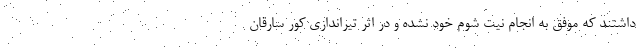
داشتند که موفق به انجام نیت شوم خود نشده و در اثر تیراندازی کور سارقان